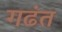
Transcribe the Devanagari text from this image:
गढंत